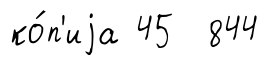
ко́п'иjа 45 844